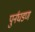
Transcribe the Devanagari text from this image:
पुर्नघडण